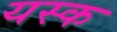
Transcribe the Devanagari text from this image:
यस्क